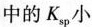
中的K_{sp}小